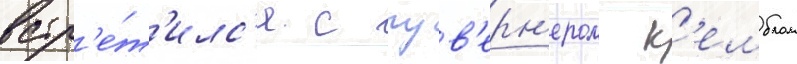
встр'е́т'илс'я с гув'ерн'ером к'емблом